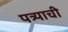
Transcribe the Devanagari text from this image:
पत्र्याची